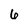
Character: 6